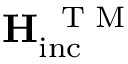
\mathbf { H _ { \mathrm { i n c } } ^ { \mathrm { ~ \tiny ~ T ~ M ~ } } }